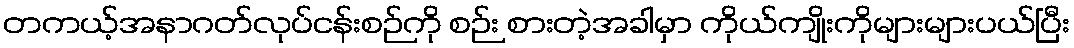
တကယ့်အနာဂတ်လုပ်ငန်းစဉ်ကို စဉ်း စားတဲ့အခါမှာ ကိုယ်ကျိုးကိုများများပယ်ပြီး